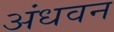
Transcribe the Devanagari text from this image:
अंधवन